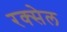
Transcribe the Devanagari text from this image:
रक्सेल